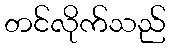
တင်လိုက်သည်